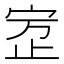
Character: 𰌾